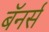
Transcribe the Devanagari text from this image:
बॅनर्स